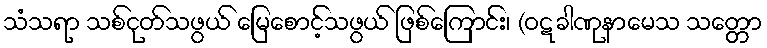
သံသရာ သစ်ငုတ်သဖွယ် မြေစောင့်သဖွယ် ဖြစ်ကြောင်း၊ (ဝဋခါဏုနာမေသ သတ္တော